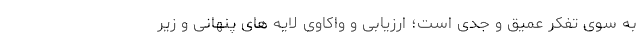
به سوی تفکر عمیق و جدی است؛ ارزیابی و واکاوی لایه های پنهانی و زیر